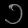
Digit: ၁